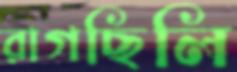
রাগছিলি